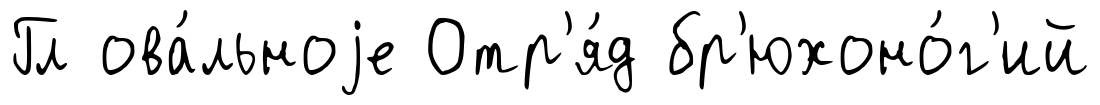
Гл ова́льноjе Отр'я́д бр'юхоно́г'ий